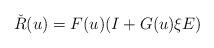
LaTeX: \begin{align*} \check{R}(u)=F(u)(I+ G(u)\xi E)\end{align*}